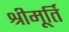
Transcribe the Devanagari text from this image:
श्रीमूर्ति